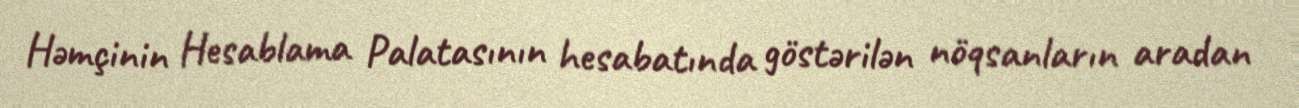
Həmçinin Hesablama Palatasının hesabatında göstərilən nöqsanların aradan